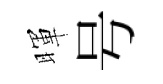
暉号